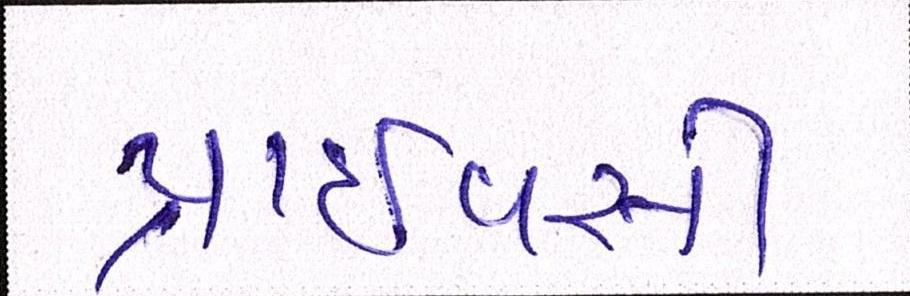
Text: પ્રાઈવસી